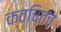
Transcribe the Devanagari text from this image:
क्‍वचितच